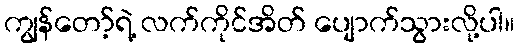
ကျွန်တော့်ရဲ့ လက်ကိုင်အိတ် ပျောက်သွားလို့ပါ။